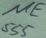
Text: NE555